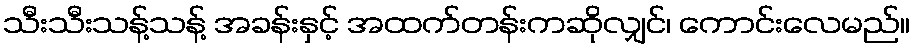
သီးသီးသန့်သန့် အခန်းနှင့် အထက်တန်းကဆိုလျှင်၊ ကောင်းလေမည်။